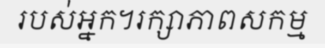
របស់អ្នក។រក្សាភាពសកម្ម